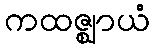
ကထဇ္ဈာယံ